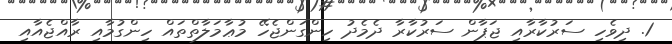
1. ދިވެހި ސަރުކާރާއި ޖަޕާން ސަރުކާރާ ދެމެދު ހިންގަންޖެހޭ މުޢާމަލާތްތައް ހިންގުމާއި ރާއްޖެއާއި